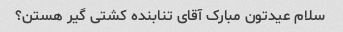
سلام عیدتون مبارک آقای تنابنده کشتی گیر هستن؟